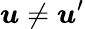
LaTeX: \boldsymbol{u}\neq\boldsymbol{u}^{\prime}